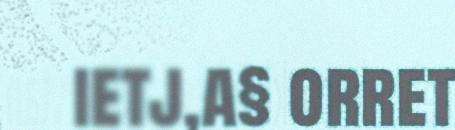
ietj,a§ orret